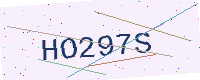
Text: HO297S